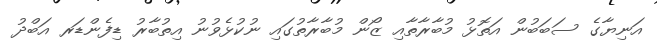
އަނިޔާގެ ސަބަބުން އަތޮޅު މުބާރާތާއި ޒޯން މުބާރާތުގައި ނުކުޅެވުނު އިތުބާރު ޑިފެންޑަރ އަބްދު